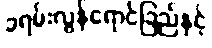
ခရမ်းလွန်ရောင်ခြည်နှင့်